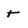
Character: t